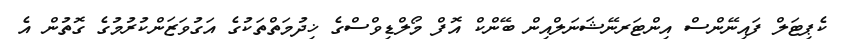
ކެޕިޓަލް ފައިނޭންސް އިންޓަރނޭޝަނަލްއިން ބޭންކް އޮފް މޯލްޑިވްސްގެ ޚިދުމަތްތަކުގެ އަގުވަޒަންކުރުމުގެ ގޮތުން އެ